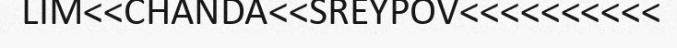
LIM<<CHANDA<<SREYPOV<<<<<<<<<<